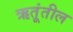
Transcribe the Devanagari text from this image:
ऋतूंतील